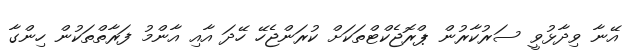
އޭނާ ވިދާޅުވީ ސަރުކާރުން ޕްރޮޖެކްޓްތަކަށް ކުރަންޖެހޭ ހޭދަ އާއި އާންމު ފަރާތްތަކުން ހިންގާ